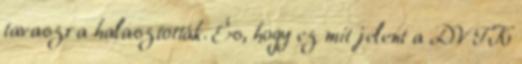
tavaszra halasztották. És, hogy ez mit jelent a DVTK